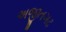
અજીતગઢ